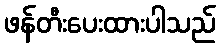
ဖန်တီးပေးထားပါသည်